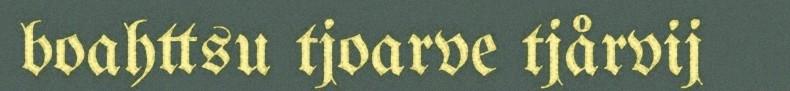
boahttsu tjoarve tjårvij